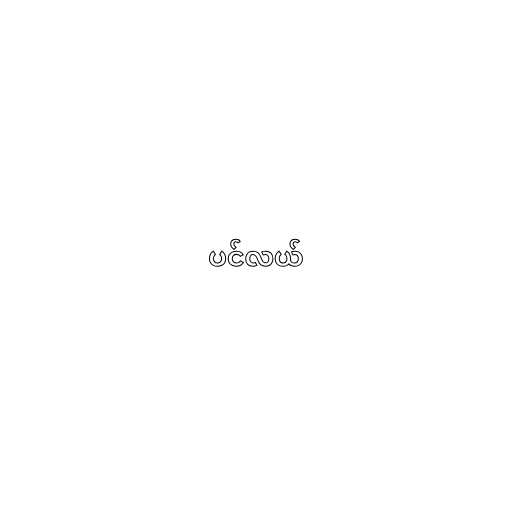
ပင်လယ်